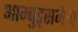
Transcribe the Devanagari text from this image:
आम्बुड्समैन